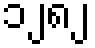
၁၂၈၂